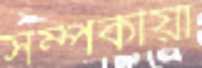
সম্পর্কীয়া